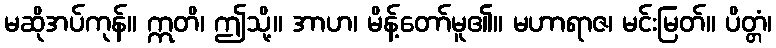
မဆိုအပ်ကုန်။ ဣတိ၊ ဤသို့။ အာဟ၊ မိန့်တော်မူ၏။ မဟာရာဇ၊ မင်းမြတ်။ ပိတ္တံ၊